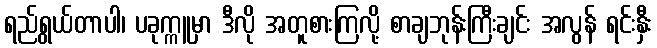
ရည်ရွယ်တာပါ၊ ပခုက္ကူမှာ ဒီလို အတူစားကြလို့ စာချဘုန်းကြီးချင်း အလွန် ရင်းနှီး